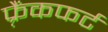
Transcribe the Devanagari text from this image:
फ़्रैंकफर्ट